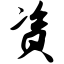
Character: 资